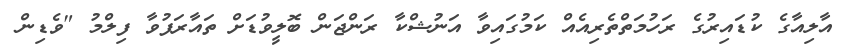
އާލިއާގެ ކުޑައިރުގެ ރަހުމަތްތެރިއެއް ކަމުގައިވާ އަނުޝްކާ ރަންޖަން ބޮލީވުޑަށް ތައާރަފުވާ ފިލްމު "ވެޑިން